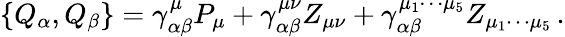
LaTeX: \left\{ Q_{\alpha},Q_{\beta}\right\} =\gamma_{\alpha\beta}^{\mu}P_{\mu}+\gamma_{\alpha\beta}^{\mu\nu}Z_{\mu\nu}+\gamma_{\alpha\beta}^{\mu_{1}\cdots\mu_{5}}Z_{\mu_{1}\cdots\mu_{5}}\, .